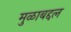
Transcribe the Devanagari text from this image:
मुळाबद्दल